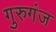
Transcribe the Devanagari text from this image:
गुरुगंज